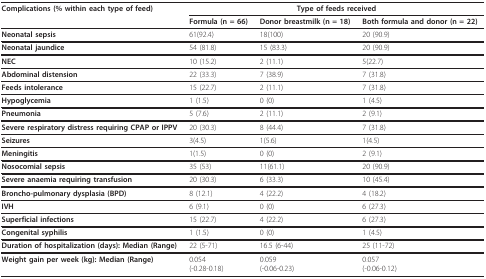
<table><thead><tr><td><b>Complications (% within each type of feed)</b></td><td colspan="3"><b>Type of feeds received</b></td></tr><tr><td></td><td><b>Formula (n = 66)</b></td><td><b>Donor breastmilk (n = 18)</b></td><td><b>Both formula and donor (n = 22)</b></td></tr></thead><tbody><tr><td><b>Neonatal sepsis</b></td><td>61(92.4)</td><td>18(100)</td><td>20 (90.9)</td></tr><tr><td><b>Neonatal jaundice</b></td><td>54 (81.8)</td><td>15 (83.3)</td><td>20 (90.9)</td></tr><tr><td><b>NEC</b></td><td>10 (15.2)</td><td>2 (11.1)</td><td>5(22.7)</td></tr><tr><td><b>Abdominal distension</b></td><td>22 (33.3)</td><td>7 (38.9)</td><td>7 (31.8)</td></tr><tr><td><b>Feeds intolerance</b></td><td>15 (22.7)</td><td>2 (11.1)</td><td>7 (31.8)</td></tr><tr><td><b>Hypoglycemia</b></td><td>1 (1.5)</td><td>0 (0)</td><td>1 (4.5)</td></tr><tr><td><b>Pneumonia</b></td><td>5 (7.6)</td><td>2 (11.1)</td><td>2 (9.1)</td></tr><tr><td><b>Severe respiratory distress requiring CPAP or IPPV</b></td><td>20 (30.3)</td><td>8 (44.4)</td><td>7 (31.8)</td></tr><tr><td><b>Seizures</b></td><td>3(4.5)</td><td>1(5.6)</td><td>1(4.5)</td></tr><tr><td><b>Meningitis</b></td><td>1(1.5)</td><td>0 (0)</td><td>2 (9.1)</td></tr><tr><td><b>Nosocomial sepsis</b></td><td>35 (53)</td><td>11(61.1)</td><td>20 (90.9)</td></tr><tr><td><b>Severe anaemia requiring transfusion</b></td><td>20 (30.3)</td><td>6 (33.3)</td><td>10 (45.4)</td></tr><tr><td><b>Broncho-pulmonary dysplasia (BPD)</b></td><td>8 (12.1)</td><td>4 (22.2)</td><td>4 (18.2)</td></tr><tr><td><b>IVH</b></td><td>6 (9.1)</td><td>0 (0)</td><td>6 (27.3)</td></tr><tr><td><b>Superficial infections</b></td><td>15 (22.7)</td><td>4 (22.2)</td><td>6 (27.3)</td></tr><tr><td><b>Congenital syphilis</b></td><td>1 (1.5)</td><td>0 (0)</td><td>1 (4.5)</td></tr><tr><td><b>Duration of hospitalization (days): Median (Range)</b></td><td>22 (5-71)</td><td>16.5 (6-44)</td><td>25 (11-72)</td></tr><tr><td><b>Weight gain per week (kg): Median (Range)</b></td><td>0.054(-0.28-0.18)</td><td>0.059(-0.06-0.23)</td><td>0.057(-0.06-0.12)</td></tr></tbody></table>